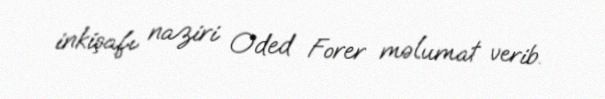
inkişafı naziri Oded Forer məlumat verib.